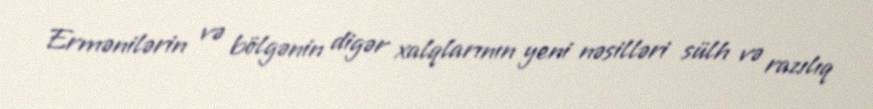
Ermənilərin və bölgənin digər xalqlarının yeni nəsilləri sülh və razılıq